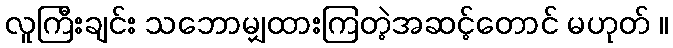
လူကြီးချင်း သဘောမျှထားကြတဲ့အဆင့်တောင် မဟုတ် ။